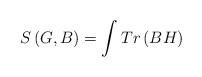
LaTeX: \begin{align*}S\left( G,B\right) =\int Tr\left( BH\right)\end{align*}